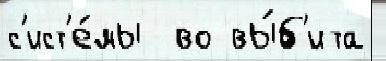
с'ист'е́мы  во вы́б'ита